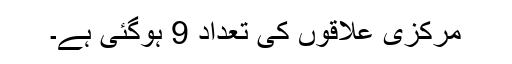
مرکزی علاقوں کی تعداد 9 ہوگئی ہے۔